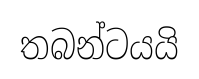
තබන්ටයයි